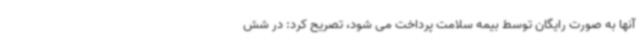
آنها به صورت رایگان توسط بیمه سلامت پرداخت می شود، تصریح کرد: در شش